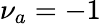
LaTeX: \nu_{a}=-1